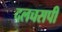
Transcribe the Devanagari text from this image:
दलचसपी